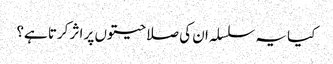
کیا یہ سلسلہ ان کی صلاحیتوں پر اثر کرتا ہے؟